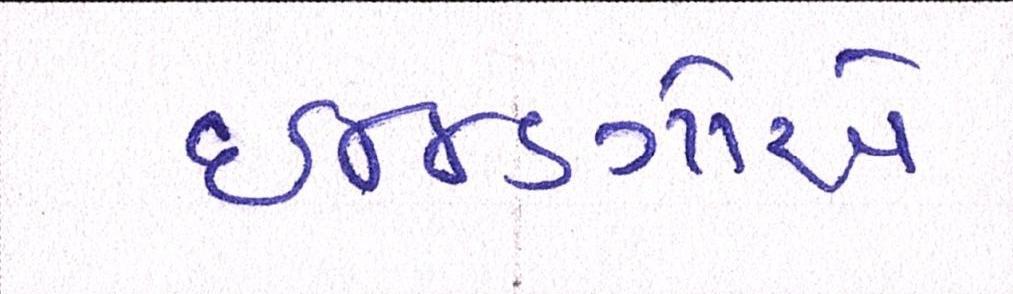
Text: ઇન્ડિગોએ